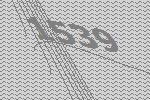
1539